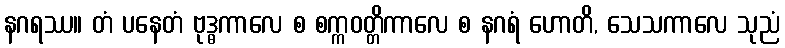
နဂရဿ။ တံ ပနေတံ ဗုဒ္ဓကာလေ စ စက္ကဝတ္တိကာလေ စ နဂရံ ဟောတိ, သေသကာလေ သုညံ